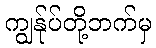
ကျွန်ုပ်တို့ဘက်မှ